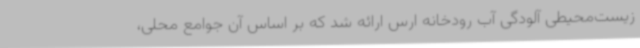
زیست‌محیطی آلودگی آب رودخانه ارس ارائه شد که بر اساس آن جوامع محلی،